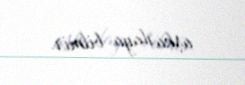
aşkarlaya bilmir.